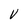
Character: V